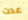
عدت